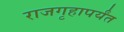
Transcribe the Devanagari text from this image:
राजगृहापर्यंत